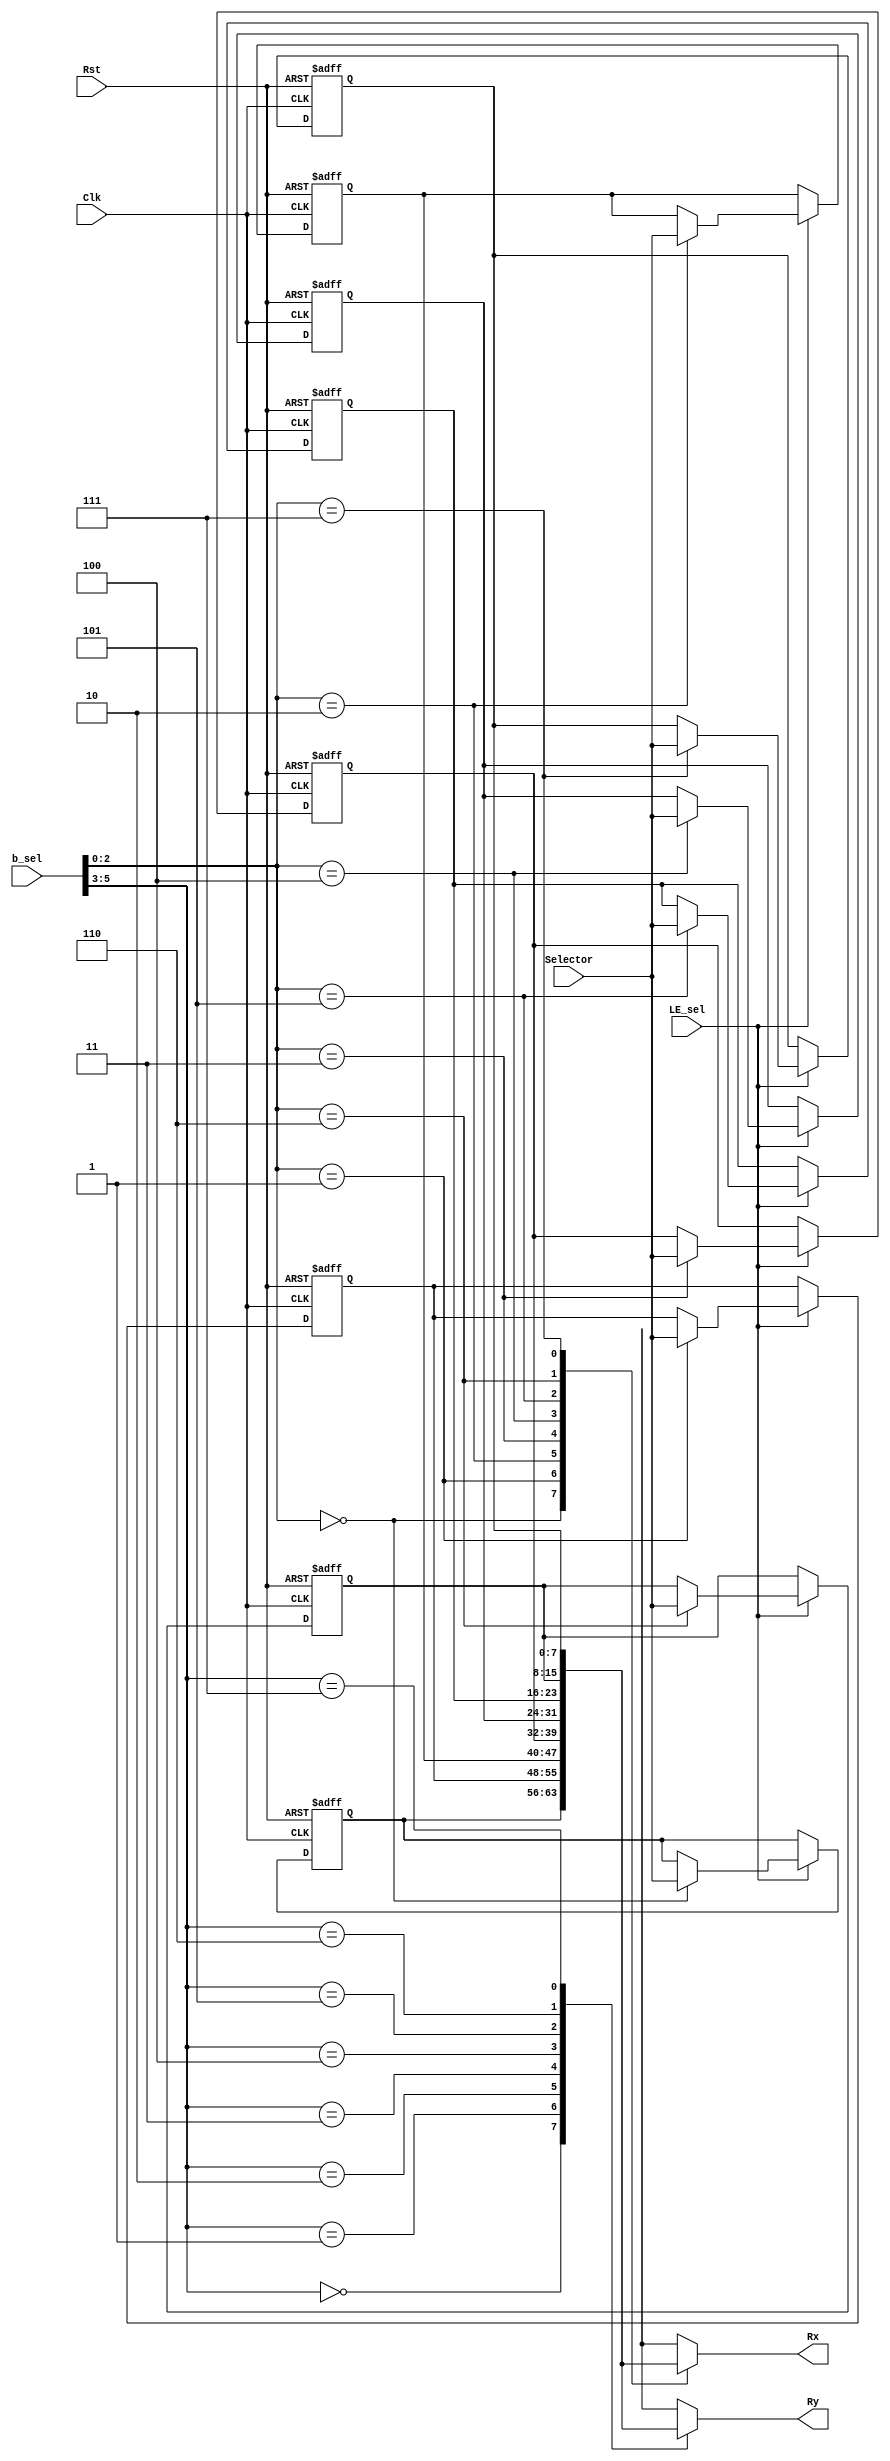
`timescale 1ns / 1ps
//////////////////////////////////////////////////////////////////////////////////
// Company: 
// Engineer: 
// 
// Design Name: 
// Module Name: b_reg
// Project Name: 
// Target Devices: 
// Tool Versions: 
// Description: 
// 
// Dependencies: 
// 
// Revision:
// Revision 0.01 - File Created
// Additional Comments:
// 
//////////////////////////////////////////////////////////////////////////////////


module b_reg(
 input Rst,
    input Clk,
    input [5:0]b_sel,
    input  LE_sel,
    input [7:0] Selector,
    output  [7:0] Rx,
    output  [7:0] Ry
    );
    
    reg [7:0] b_regs [7:0];
    
    always @(posedge Clk, posedge Rst) begin
        if(Rst) 
            begin
                b_regs[0]<=0;
                b_regs[1]<=0;
                b_regs[2]<=0;
                b_regs[3]<=0;
                b_regs[4]<=0;
                b_regs[5]<=0;
                b_regs[6]<=0;
                b_regs[7]<=0; 
                
            end
        else
            if (LE_sel)
                
                    b_regs[b_sel[2:0]]<=Selector;
                end
            
               
               assign Rx=b_regs[b_sel[2:0]];
               assign Ry=b_regs[b_sel[5:3]];
               
endmodule